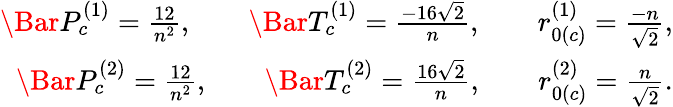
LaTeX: \begin{array}{r}{\Bar{P}_{c}^{(1)}=\frac{12}{n^{2}},\; \; \; \; \; \; \; \Bar{T}_{c}^{(1)}=\frac{-16\sqrt{2}}{n},\; \; \; \; \; \; \; r_{0(c)}^{(1)}=\frac{-n}{\sqrt{2}},}\\ {\Bar{P}_{c}^{(2)}=\frac{12}{n^{2}},\; \; \; \; \; \; \; \Bar{T}_{c}^{(2)}=\frac{16\sqrt{2}}{n},\; \; \; \; \; \; \; r_{0(c)}^{(2)}=\frac{n}{\sqrt{2}}.}\end{array}